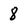
Character: 8